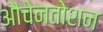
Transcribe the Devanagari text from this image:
औचेनतोशन